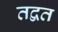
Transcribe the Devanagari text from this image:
तद्वत